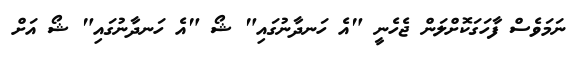
ނަމަވެސް ފާހަގަކޮށްލަން ޖެހެނީ "އެ ހަނދާނުގައި" ޝޯ "އެ ހަނދާނުގައި" ޝޯ އަށް